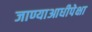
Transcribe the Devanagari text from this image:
जाण्याआधीपेक्षा